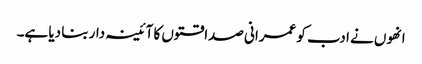
انھوں نے ادب کو عمرانی صداقتوں کا آئینہ دار بنا دیا ہے۔